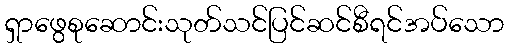
ရှာဖွေစုဆောင်းသုတ်သင်ပြင်ဆင်စီရင်အပ်သော